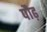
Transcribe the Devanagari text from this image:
पौढ़